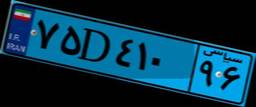
۶۳D۵۰۶۶۱